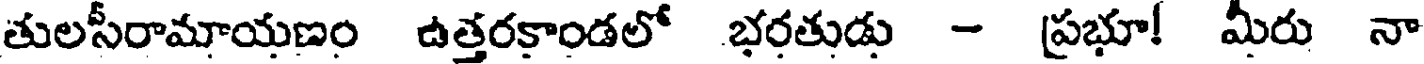
తులసీరామాయణం ఉత్తరకాండలో భరతుడు - ప్రభూ! మీరు నా